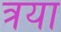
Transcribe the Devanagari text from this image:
त्रया